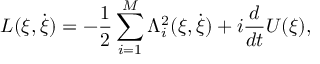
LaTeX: L ( \xi , \dot { \xi } ) = - \frac { 1 } { 2 } \sum _ { i = 1 } ^ { M } \Lambda _ { i } ^ { 2 } ( \xi , \dot { \xi } ) + i \frac { d } { d t } U ( \xi ) ,